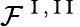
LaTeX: \mathcal{F}^{\mathrm{~I~,~I~I~}}